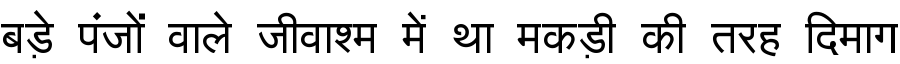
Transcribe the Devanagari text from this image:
बड़े पंजों वाले जीवाश्म में था मकड़ी की तरह दिमाग